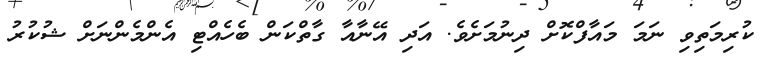
ކުރިމަތިވި ނަމަ މައާފްކޮށް ދިނުމަށެވެ. އަދި އޭނާއާ ގާތްކަން ބެހެއްޓި އެންމެންނަށް ޝުކުރު